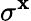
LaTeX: \sigma^{\mathbf{x}}